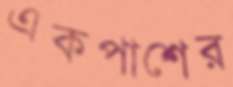
একপাশের